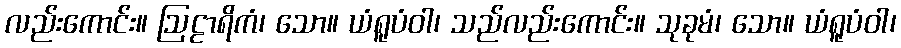
လည်းကောင်း။ ဩဠာရိကံ၊ သော။ ယံရူပံဝါ၊ သည်လည်းကောင်း။ သုခုမံ၊ သော။ ယံရူပံဝါ၊